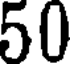
50